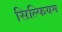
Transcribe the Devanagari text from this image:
सिल्फियम